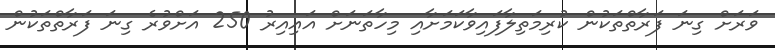
ވަރަށް ގިނަ ފަރާތްތަކުން ކުރިމަތިލާފައިވާކަމަށާއި މިހާތަނަށް އައިއިރު 250 އަށްވުރެ ގިނަ ފަރާތްތަކުން